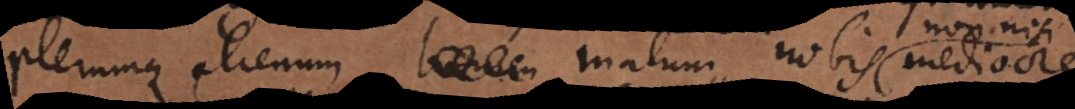
plerumque alienum malum, nobis mediocre